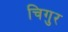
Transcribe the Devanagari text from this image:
चिगुर